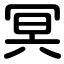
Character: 冥